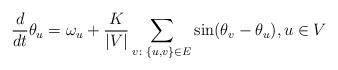
LaTeX: \begin{align*}\frac{d}{dt}\theta_u=\omega_u+\frac{K}{|V|}\sum_{v\colon \{u,v\}\in E}\sin(\theta_v-\theta_u), u\in V\end{align*}